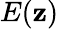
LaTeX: E(\mathbf{z})